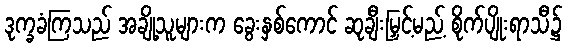
ဒုက္ခခံကြသည် အချို့သူများက ခွေးနှစ်ကောင် ဆုချီးမြှင့်မည့် စိုက်ပျိုးရာသီ၌